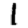
Digit: 1